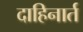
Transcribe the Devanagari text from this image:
दाहिनार्त